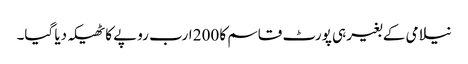
نیلامی کے بغیر ہی پورٹ قاسم کا 200 ارب روپے کا ٹھیکہ دیا گیا۔